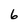
Character: 6